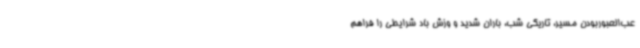
عب‌العبوربودن مسیر، تاریکی شب، باران شدید و وزش باد شرایطی را فراهم